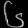
Digit: ၆